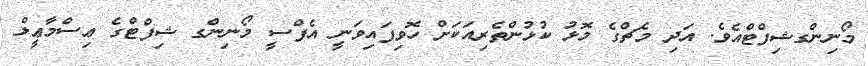
މޯނިންގޝިފްޓްއެވެ. އަދި މެޗްގެ މޮޅު ކުޅުންތެރިއަކަށް ހޮވިފައިވަނީ އެފްސީ މޯނިންގ ޝިފްޓްގެ ޢިސްމާޢީލް